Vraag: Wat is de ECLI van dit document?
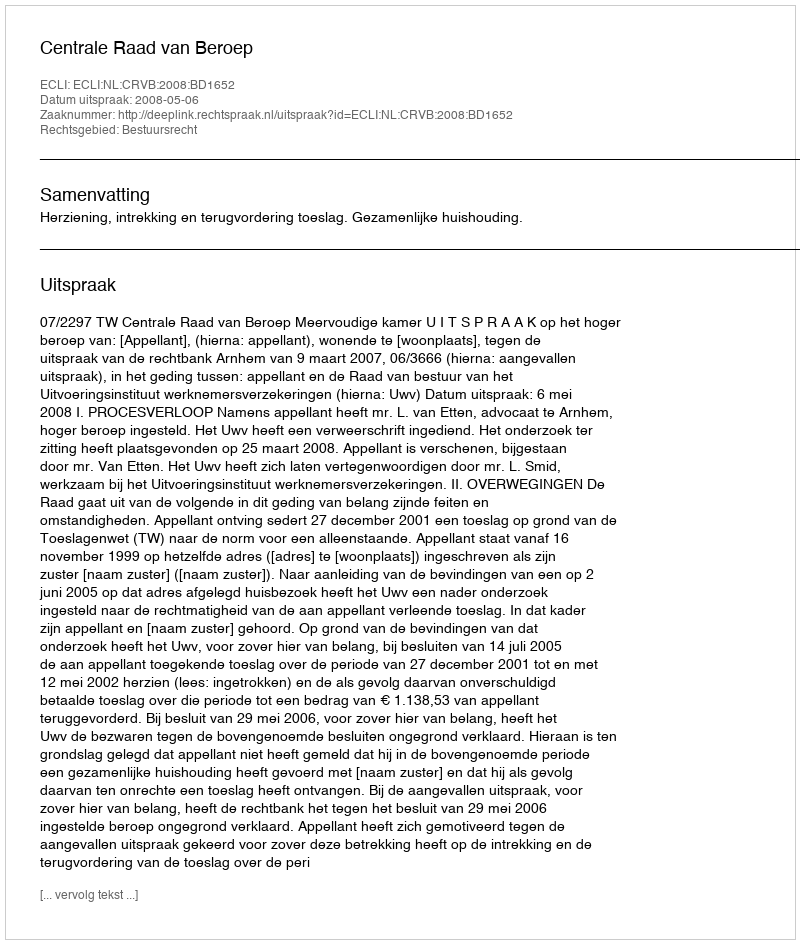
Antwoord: ECLI:NL:CRVB:2008:BD1652